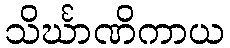
သိင်္ဃာဏိကာယ